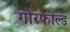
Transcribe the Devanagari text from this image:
गोरफील्ड